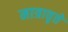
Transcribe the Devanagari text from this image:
मात्रावृत्ते